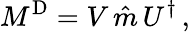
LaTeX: M^{\mathrm{D}}=V\, \hat{m}\, U^{\dagger}\, ,